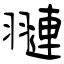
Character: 翴